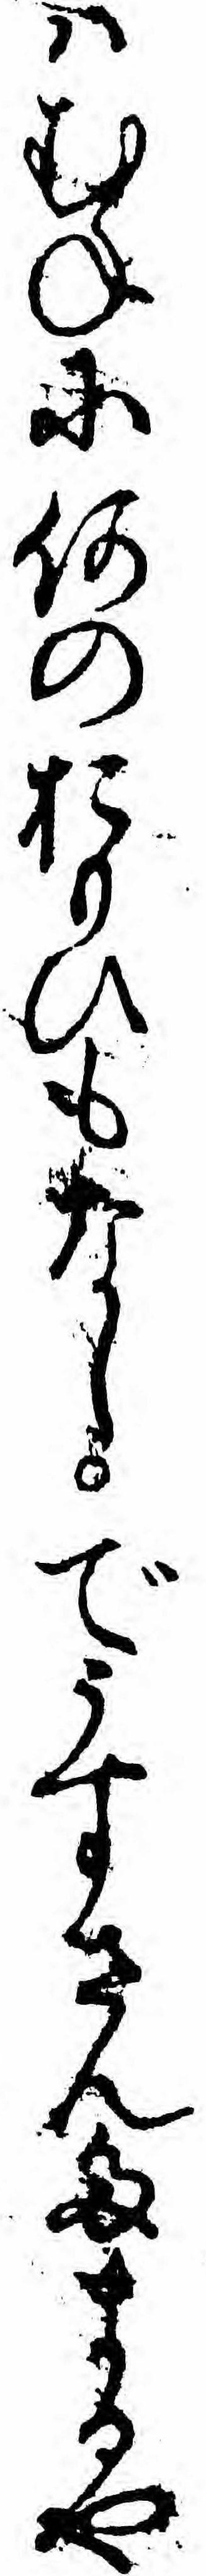
ハむねに何のおもひもなしでうすさんたまるや